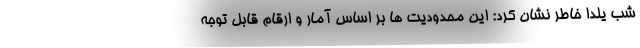
شب یلدا خاطر نشان کرد: این محدودیت ها بر اساس آمار و ارقام قابل توجه